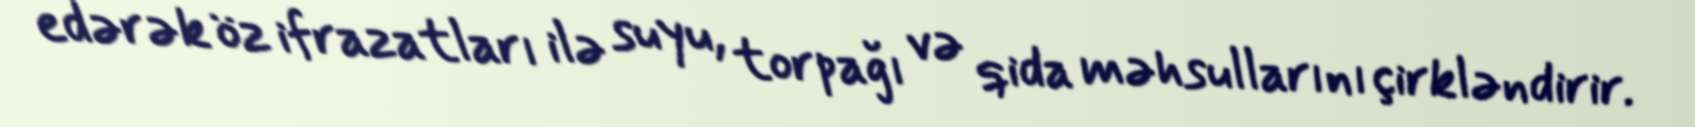
edərək öz ifrazatları ilə suyu, torpağı və qida məhsullarını çirkləndirir.